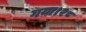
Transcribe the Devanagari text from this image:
गया।२८